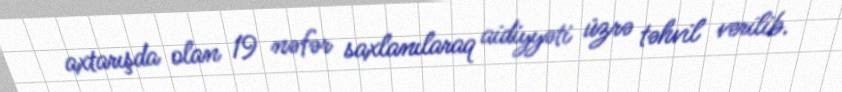
axtarışda olan 19 nəfər saxlanılaraq aidiyyəti üzrə təhvil verilib.